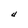
Character: U